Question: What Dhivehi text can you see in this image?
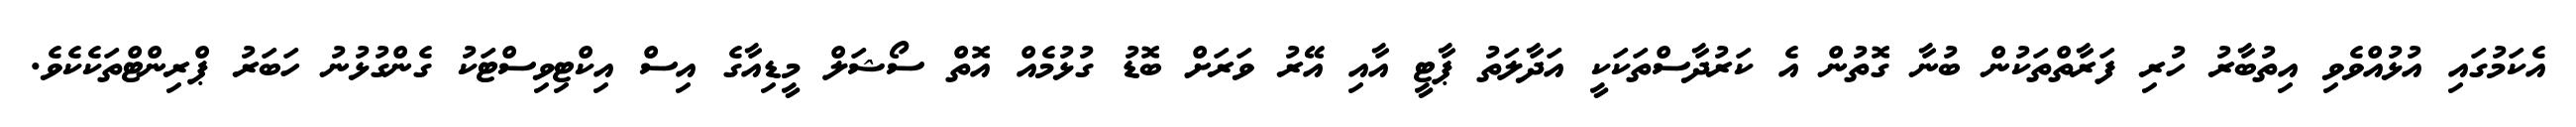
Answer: އެކަމުގައި އުޅުއްވެވި އިތުބާރު ހުރި ފަރާތްތަކުން ބުނާ ގޮތުން އެ ކަރުދާސްތަކަކީ އަދާލަތު ޕާޓީ އާއި އޭރު ވަރަށް ބޮޑު ގުޅުމެއް އޮތް ސޯޝަލް މީޑިއާގެ އިސް އިކްޓިވިސްޓަކު ގެންގުޅުނު ހަބަރު ޕްރިންޓްތަކެކެވެ.